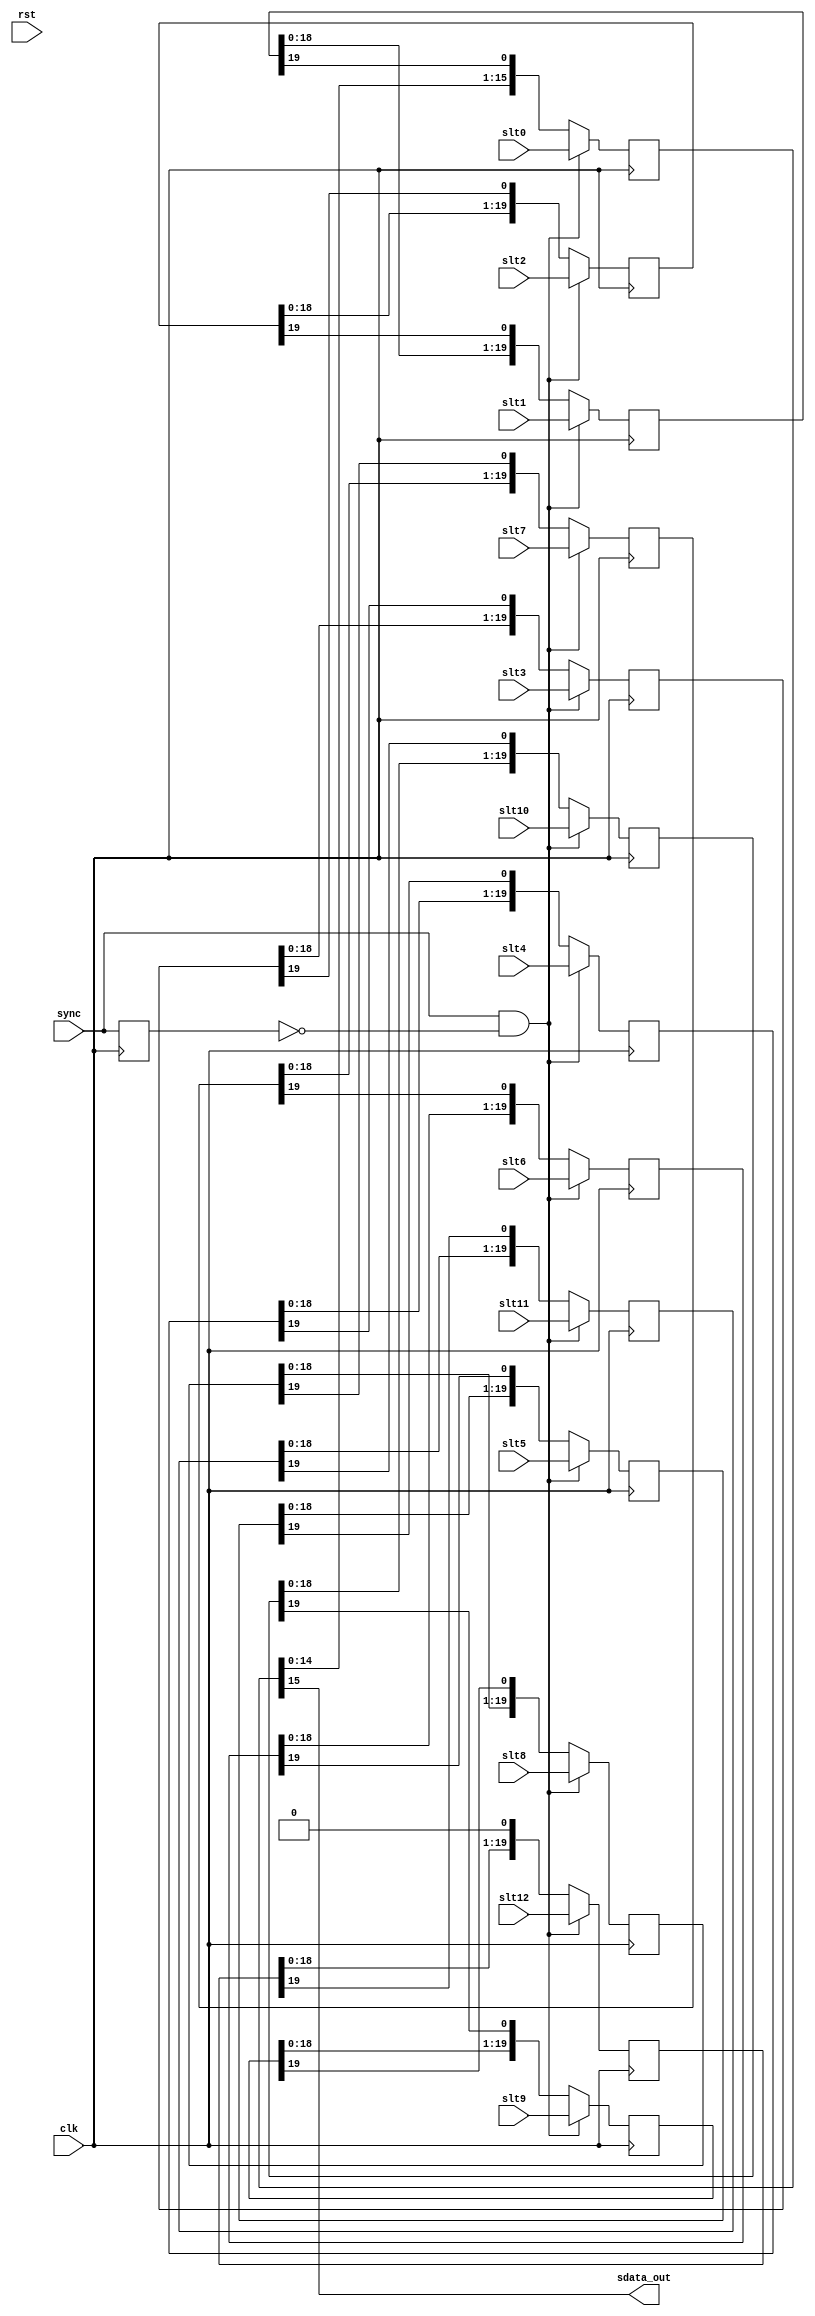
module ac97_codec_sout(clk, rst,

	sync, slt0, slt1, slt2, slt3, slt4, slt5,
	slt6, slt7, slt8, slt9, slt10, slt11, slt12,

	sdata_out
	);

input		clk, rst;

// --------------------------------------
// Misc Signals
input		sync;
input	[15:0]	slt0;
input	[19:0]	slt1;
input	[19:0]	slt2;
input	[19:0]	slt3;
input	[19:0]	slt4;
input	[19:0]	slt5;
input	[19:0]	slt6;
input	[19:0]	slt7;
input	[19:0]	slt8;
input	[19:0]	slt9;
input	[19:0]	slt10;
input	[19:0]	slt11;
input	[19:0]	slt12;

// --------------------------------------
// AC97 Codec Interface
output		sdata_out;

////////////////////////////////////////////////////////////////////
//
// Local Wires
//

reg		sdata_out_r;

reg	[15:0]	slt0_r;
reg	[19:0]	slt1_r;
reg	[19:0]	slt2_r;
reg	[19:0]	slt3_r;
reg	[19:0]	slt4_r;
reg	[19:0]	slt5_r;
reg	[19:0]	slt6_r;
reg	[19:0]	slt7_r;
reg	[19:0]	slt8_r;
reg	[19:0]	slt9_r;
reg	[19:0]	slt10_r;
reg	[19:0]	slt11_r;
reg	[19:0]	slt12_r;

reg		sync_r;
wire		sync_e;

////////////////////////////////////////////////////////////////////
//
// Misc Logic
//

// Sync Edge detector
always @(posedge clk)
	sync_r <= #1 sync;

assign sync_e = sync & !sync_r;

////////////////////////////////////////////////////////////////////
//
// Serial Shift Register
//

/*
always @(negedge clk)
	sdata_out_r <= #1 slt0_r[15];

//assign	sdata_out = sdata_out_r;
*/

assign	sdata_out = slt0_r[15];

always @(posedge clk)
	if(sync_e)	slt0_r <= #1 slt0;
	else		slt0_r <= #1 {slt0_r[14:0], slt1_r[19]};

always @(posedge clk)
	if(sync_e)	slt1_r <= #1 slt1;
	else		slt1_r <= #1 {slt1_r[18:0], slt2_r[19]};

always @(posedge clk)
	if(sync_e)	slt2_r <= #1 slt2;
	else		slt2_r <= #1 {slt2_r[18:0], slt3_r[19]};

always @(posedge clk)
	if(sync_e)	slt3_r <= #1 slt3;
	else		slt3_r <= #1 {slt3_r[18:0], slt4_r[19]};

always @(posedge clk)
	if(sync_e)	slt4_r <= #1 slt4;
	else		slt4_r <= #1 {slt4_r[18:0], slt5_r[19]};

always @(posedge clk)
	if(sync_e)	slt5_r <= #1 slt5;
	else		slt5_r <= #1 {slt5_r[18:0], slt6_r[19]};

always @(posedge clk)
	if(sync_e)	slt6_r <= #1 slt6;
	else		slt6_r <= #1 {slt6_r[18:0], slt7_r[19]};

always @(posedge clk)
	if(sync_e)	slt7_r <= #1 slt7;
	else		slt7_r <= #1 {slt7_r[18:0], slt8_r[19]};

always @(posedge clk)
	if(sync_e)	slt8_r <= #1 slt8;
	else		slt8_r <= #1 {slt8_r[18:0], slt9_r[19]};

always @(posedge clk)
	if(sync_e)	slt9_r <= #1 slt9;
	else		slt9_r <= #1 {slt9_r[18:0], slt10_r[19]};

always @(posedge clk)
	if(sync_e)	slt10_r <= #1 slt10;
	else		slt10_r <= #1 {slt10_r[18:0], slt11_r[19]};

always @(posedge clk)
	if(sync_e)	slt11_r <= #1 slt11;
	else		slt11_r <= #1 {slt11_r[18:0], slt12_r[19]};

always @(posedge clk)
	if(sync_e)	slt12_r <= #1 slt12;
	else		slt12_r <= #1 {slt12_r[18:0], 1'b0 };


endmodule